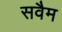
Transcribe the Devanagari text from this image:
सवैम